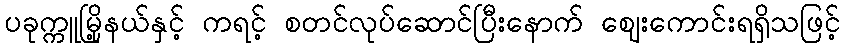
ပခုက္ကူမြို့နယ်နှင့် ကရင့် စတင်လုပ်ဆောင်ပြီးနောက် ဈေးကောင်းရရှိသဖြင့်